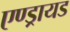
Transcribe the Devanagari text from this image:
एण्ड्रायड